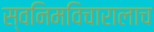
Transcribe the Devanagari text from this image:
स्वनिमविचारालाच